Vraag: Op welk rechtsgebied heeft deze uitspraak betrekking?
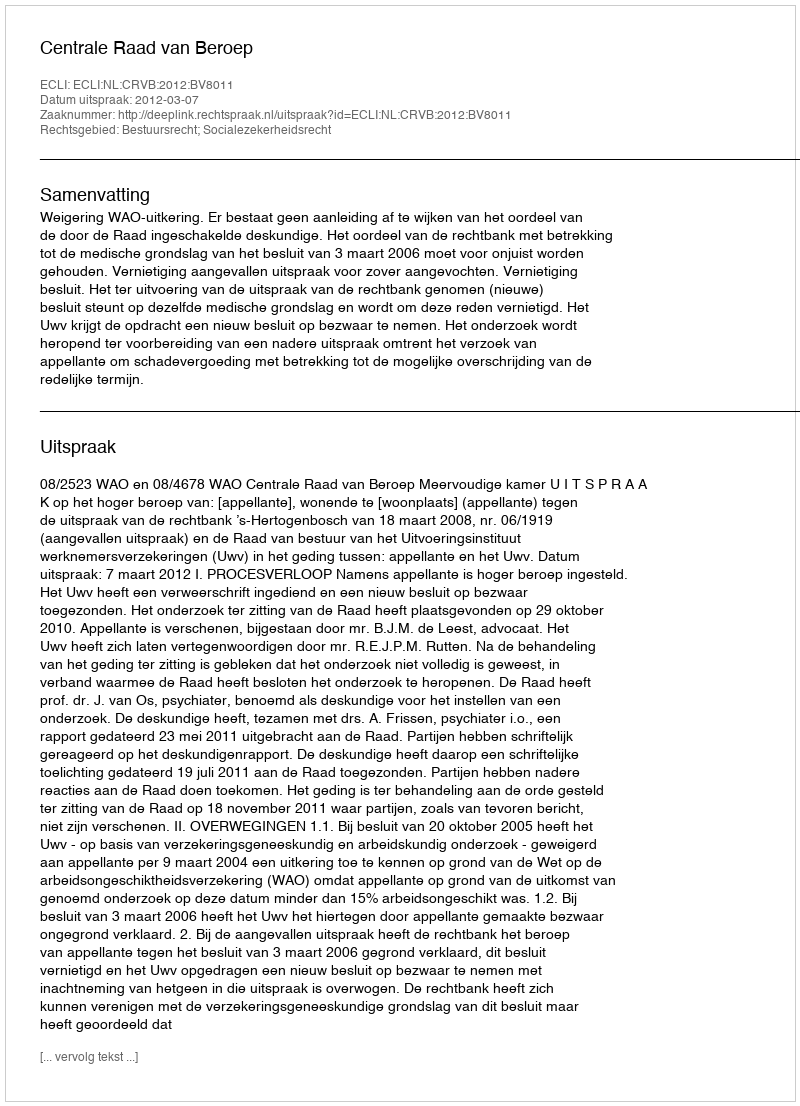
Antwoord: Bestuursrecht; Socialezekerheidsrecht